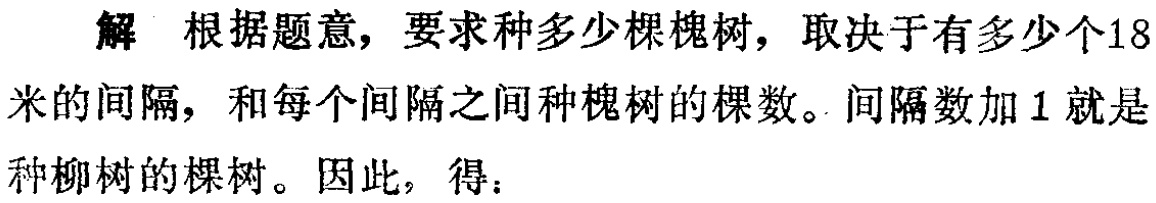
解 根据题意，要求种多少棵槐树，取决于有多少个18米的间隔，和每个间隔之间种槐树的棵数。间隔数加 1 就是种柳树的棵树。因此，得：